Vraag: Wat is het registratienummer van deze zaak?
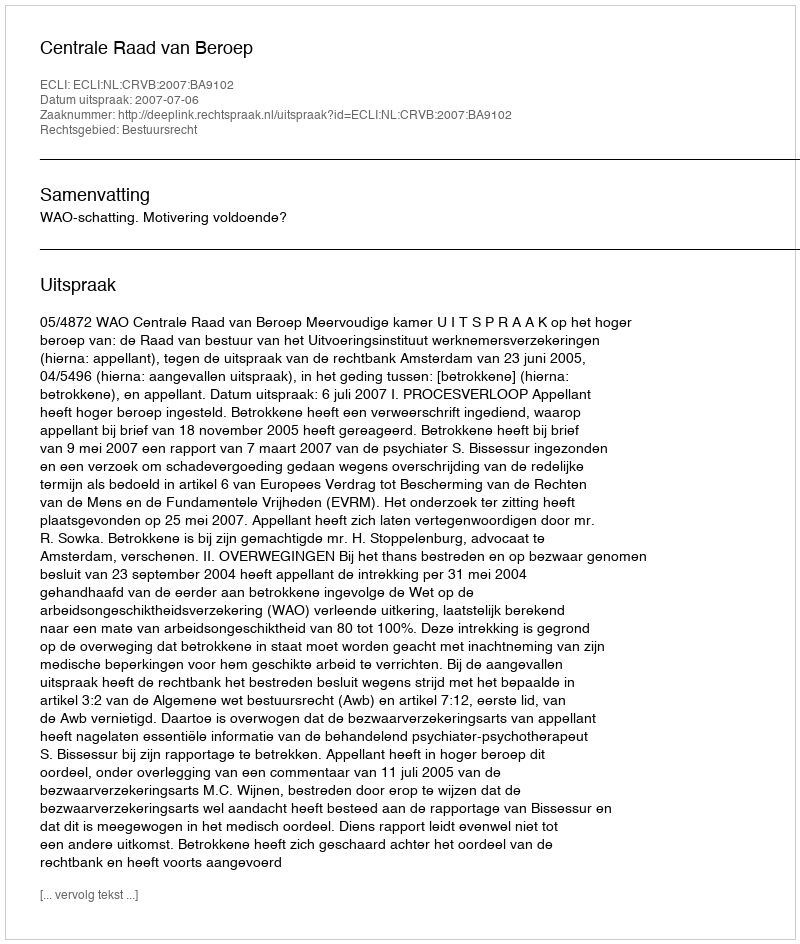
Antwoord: http://deeplink.rechtspraak.nl/uitspraak?id=ECLI:NL:CRVB:2007:BA9102